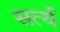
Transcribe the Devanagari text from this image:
सर्त्य